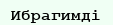
Ибрагимді